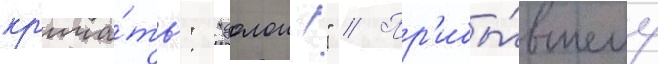
кр'ича́ть: "долои!" // Пр'ибы́вшему